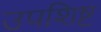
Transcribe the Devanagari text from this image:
उपशिष्ट